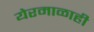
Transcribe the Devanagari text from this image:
येरमाळाही